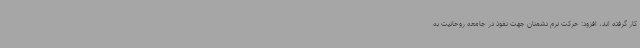
کار گرفته اند، افزود: حرکت نرم دشمنان جهت نفوذ در جامعه روحانیت به